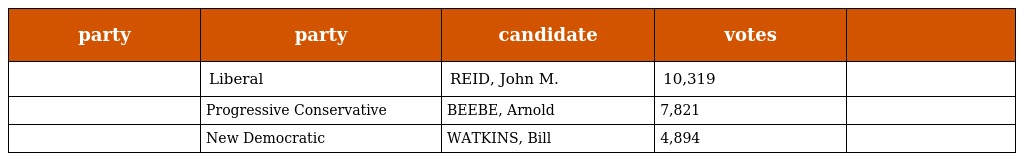
| party | party | candidate | votes |  |
 | --- | --- | --- | --- | --- |
 |  | Liberal | REID, John M. | 10,319 |  |
 |  | Progressive Conservative | BEEBE, Arnold | 7,821 |  |
 |  | New Democratic | WATKINS, Bill | 4,894 |  |